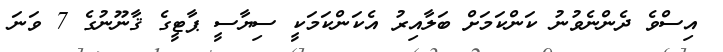
އިސްވެ ދެންނެވުނު ކަންކަމަށް ބަލާއިރު އެކަންކަމަކީ ސިޔާސީ ޕާޓީގެ ޤާނޫނުގެ 7 ވަނަ